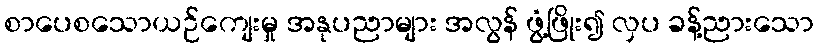
စာပေစသောယဉ်ကျေးမှု အနုပညာများ အလွန် ဖွံ့ဖြိုး၍ လှပ ခန့်ညားသော